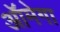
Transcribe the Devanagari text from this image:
ऑमेगा